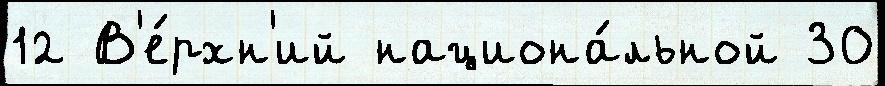
12 В'е́рхн'ий национа́льной 30